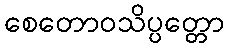
စေတောဝသိပ္ပတ္တော